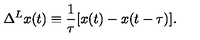
\Delta ^ { L } x ( t ) \equiv \frac { 1 } { \tau } [ x ( t ) - x ( t - \tau ) ] .